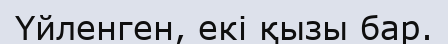
Үйленген, екі қызы бар.